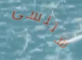
ستنسى